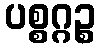
ပစ္စဂ္ဂဉ္စ